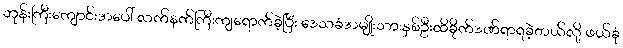
ဘုန်းကြီးကျောင်းအပေါ် လက်နက်ကြီးကျရောက်ခဲ့ပြီး ဒေသခံအမျိုးသားနှစ်ဦးထိခိုက်ဒဏ်ရာရခဲ့တယ်လို့ ဖယ်ခုံ